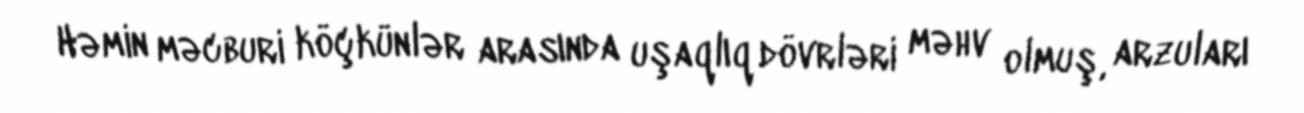
Həmin məcburi köçkünlər arasında uşaqlıq dövrləri məhv olmuş, arzuları